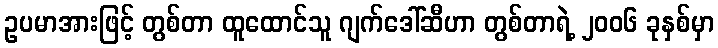
ဥပမာအားဖြင့် တွစ်တာ ထူထောင်သူ ဂျက်ဒေါ်ဆီဟာ တွစ်တာရဲ့ ၂၀၀၆ ခုနှစ်မှာ